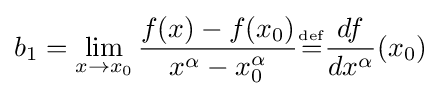
b_{1}=\lim _{x\to x_{0}}{f(x)-f(x_{0}) \over x^{\alpha }-x_{0}^{\alpha }}{\overset {\underset {\mathrm {def} }{}}{=}}{df \over dx^{\alpha }}(x_{0})